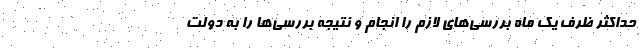
حداکثر ظرف یک ماه بررسی‌های لازم را انجام و نتیجه بررسی‌ها را به دولت